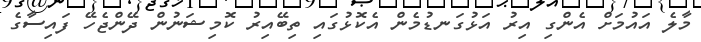
މާލެ އައުމަށް އެންގި އިރު އަޅުގަނޑުމެން އެކޮޅުގައި ތިބޭއިރު ކޮމިޝަނުން ދޭންޖެހޭ ފައިސާގެ